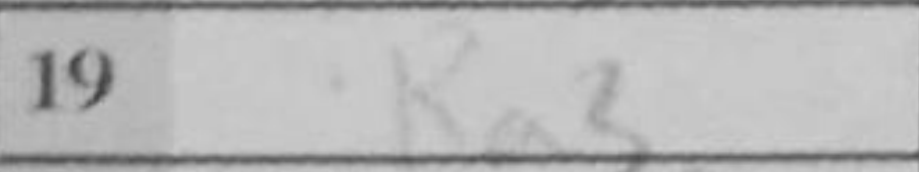
Transcription: Ra3